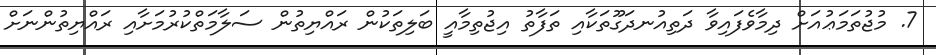
7. މުޖުތަމަޢުއަށް ދިމާވެފައިވާ ދަތިއުނދަގޫތަކާއި ތަފާތު އިޖުތިމާއީ ބަލިތަކުން ރައްޔިތުން ސަލާމަތްކުރުމަށާއި ރައްޔިތުންނަށް